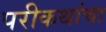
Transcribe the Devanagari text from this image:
परीकथांचा